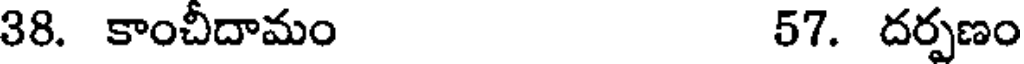
38. కాంచీదామం 57. దర్పణం